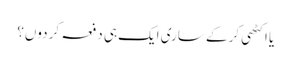
یا اکٹھی کر کے ساری ایک ہی دفعہ کر دوں؟